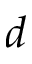
d